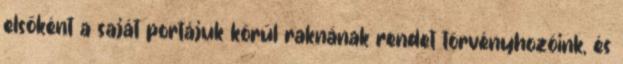
elsőként a saját portájuk körül raknának rendet törvényhozóink, és